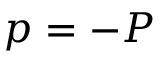
p = - P